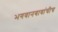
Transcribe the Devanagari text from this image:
भगवानबाबांचीच